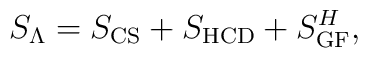
S_\Lambda = S_\mathrm{CS}  + S_\mathrm{HCD} + S_\mathrm{GF}^H,